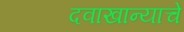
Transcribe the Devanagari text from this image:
दवाखान्याचे